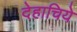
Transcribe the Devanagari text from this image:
देहाचिये